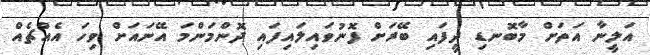
އަލީނާ އަތަށް މާބޮނޑި ދީފައި ބޭރަށް ފޮނުވައިލައިފައި ދޮންމަންމަ އޭނައަށް ވިހަ އެއްޗެއް